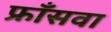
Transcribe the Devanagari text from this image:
फ्राँसवा